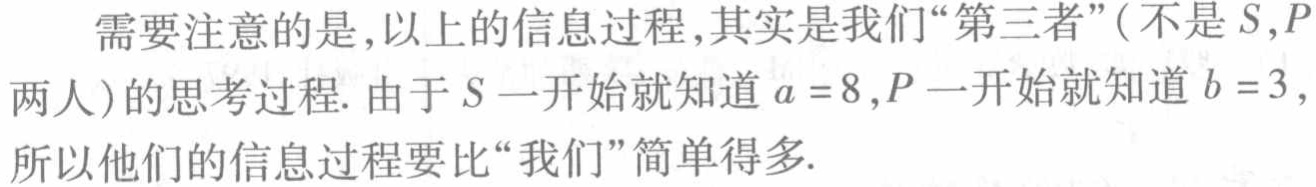
需要注意的是,以上的信息过程,其实是我们“第三者”(不是\(S,P\)两人)的思考过程. 由于\(S\)一开始就知道\(a = 8\),\(P\)一开始就知道\(b = 3\),所以他们的信息过程要比“我们”简单得多.